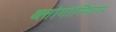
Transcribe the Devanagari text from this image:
ब्लोगोस्फियर